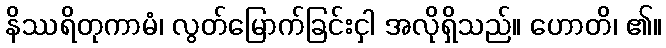
နိဿရိတုကာမံ၊ လွတ်မြောက်ခြင်းငှါ အလိုရှိသည်။ ဟောတိ၊ ၏။